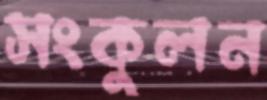
সংকুলন